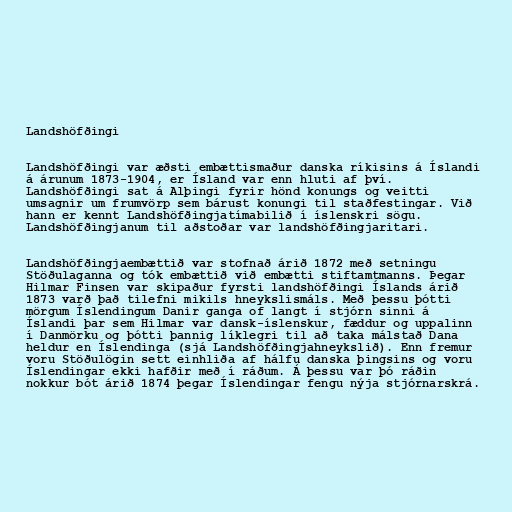
Landshöfðingi

Landshöfðingi var æðsti embættismaður danska ríkisins á Íslandi
á árunum 1873-1904, er Ísland var enn hluti af því.
Landshöfðingi sat á Alþingi fyrir hönd konungs og veitti
umsagnir um frumvörp sem bárust konungi til staðfestingar. Við
hann er kennt Landshöfðingjatímabilið í íslenskri sögu.
Landshöfðingjanum til aðstoðar var landshöfðingjaritari.

Landshöfðingjaembættið var stofnað árið 1872 með setningu
Stöðulaganna og tók embættið við embætti stiftamtmanns. Þegar
Hilmar Finsen var skipaður fyrsti landshöfðingi Íslands árið
1873 varð það tilefni mikils hneykslismáls. Með þessu þótti
mörgum Íslendingum Danir ganga of langt í stjórn sinni á
Íslandi þar sem Hilmar var dansk-íslenskur, fæddur og uppalinn
í Danmörku og þótti þannig líklegri til að taka málstað Dana
heldur en Íslendinga (sjá Landshöfðingjahneykslið). Enn fremur
voru Stöðulögin sett einhliða af hálfu danska þingsins og voru
Íslendingar ekki hafðir með í ráðum. Á þessu var þó ráðin
nokkur bót árið 1874 þegar Íslendingar fengu nýja stjórnarskrá.